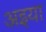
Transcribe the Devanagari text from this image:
अइया